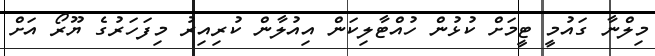
މިލްނާ ގައުމީ ޓީމަށް ކުޅުން ހުއްޓާލިކަން އިއުލާން ކުރިއިރު މިފަހަރުގެ ޔޫރޯ އަށް